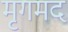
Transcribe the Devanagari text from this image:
मृगमद